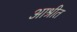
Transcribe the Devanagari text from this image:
आश्रीत